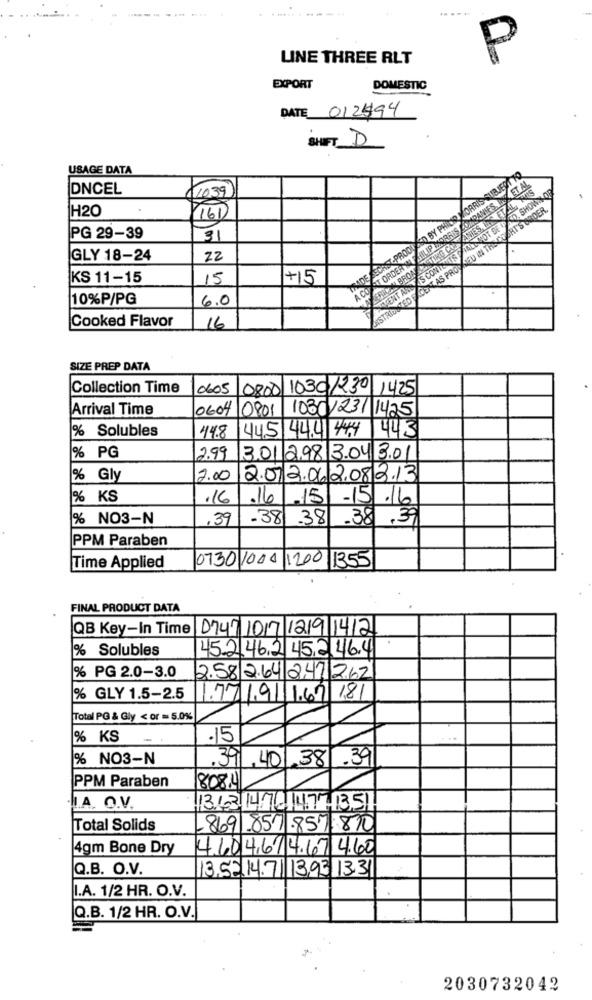
LINE THREE ALT
P
EXPORT
DOMESTIC
DATE 012494
SHIFT D
USAGE DATA
YES DISK ET A
DNCEL
1039
OSD BY PHIDIR MORRIS
ANIES, LAS ETAL.
SHOWAK
H20
161
PG 29-39
31
SECRET PRODU
GLY 18-24
22
BROWN
ASTRIDSTED F CEN AS PRO
YAT ORDER
TORENT ARSS CON I
KS 11-15
15
+15
A CO
10%P/PG
6.0
Cooked Flavor
16
SIZE PREP DATA
Collection Time
0605
0800
1030/230 1425
Arrival Time
0604 0801
1030/23/ 1425
% Solubles
1443
44.8
44.5 44.4 4
% PG
2.99
3.01 2,98 3.04. 3.01
% Gly
2.00
2.01 2.06 2.08 3.13
% KS
.16
.16.15-15.16
% NO3-N
,39
-38
.38
.38.39
PPM Paraben
07301000
1200 1355
Time Applied
FINAL PRODUCT DATA
QB Key-In Time
074710171219 1412
% Solubles
45.2 46.2 45246.4
% PG 2.0-3.0
2.58 2.64 247262
% GLY 1.5-2.5
7719 1.67 181
Total PG & Gly < or = 5.0%
% KS
.15
% NO3-N
39.40.38 .39
PPM Paraben
808.4
LA. O.V.
13.3. 14701477 1351
Total Solids
.8691.857.857.870
4gm Bone Dry
4.60 4,6 4.67 4.60
Q.B. O.V.
13.52.14.71 13,9313.31
I.A. 1/2 HR. O.V.
Q.B. 1/2 HR. O.V.
2030732042